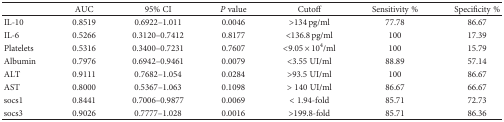
|  | AUC | 95% CI | P value | Cutoff | Sensitivity % | Specificity % |
 | --- | --- | --- | --- | --- | --- | --- |
 | IL-10 | 0.8519 | 0.6922–1.011 | 0.0046 | >134 pg/ml | 77.78 | 86.67 |
 | IL-6 | 0.5266 | 0.3120–0.7412 | 0.8177 | <136.8 pg/ml | 100 | 17.39 |
 | Platelets | 0.5316 | 0.3400–0.7231 | 0.7607 | <9.05 × 104/ml | 100 | 15.79 |
 | Albumin | 0.7976 | 0.6942–0.9461 | 0.0079 | <3.55 UI/ml | 88.89 | 57.14 |
 | ALT | 0.9111 | 0.7682–1.054 | 0.0284 | >93.5 UI/ml | 100 | 86.67 |
 | AST | 0.8000 | 0.5367–1.063 | 0.1098 | > 140 UI/ml | 86.67 | 66.67 |
 | socs1 | 0.8441 | 0.7006–0.9877 | 0.0069 | < 1.94-fold | 85.71 | 72.73 |
 | socs3 | 0.9026 | 0.7777–1.028 | 0.0016 | >199.8-fold | 85.71 | 86.36 |